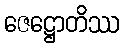
ဇေဋ္ဌောတိဿ